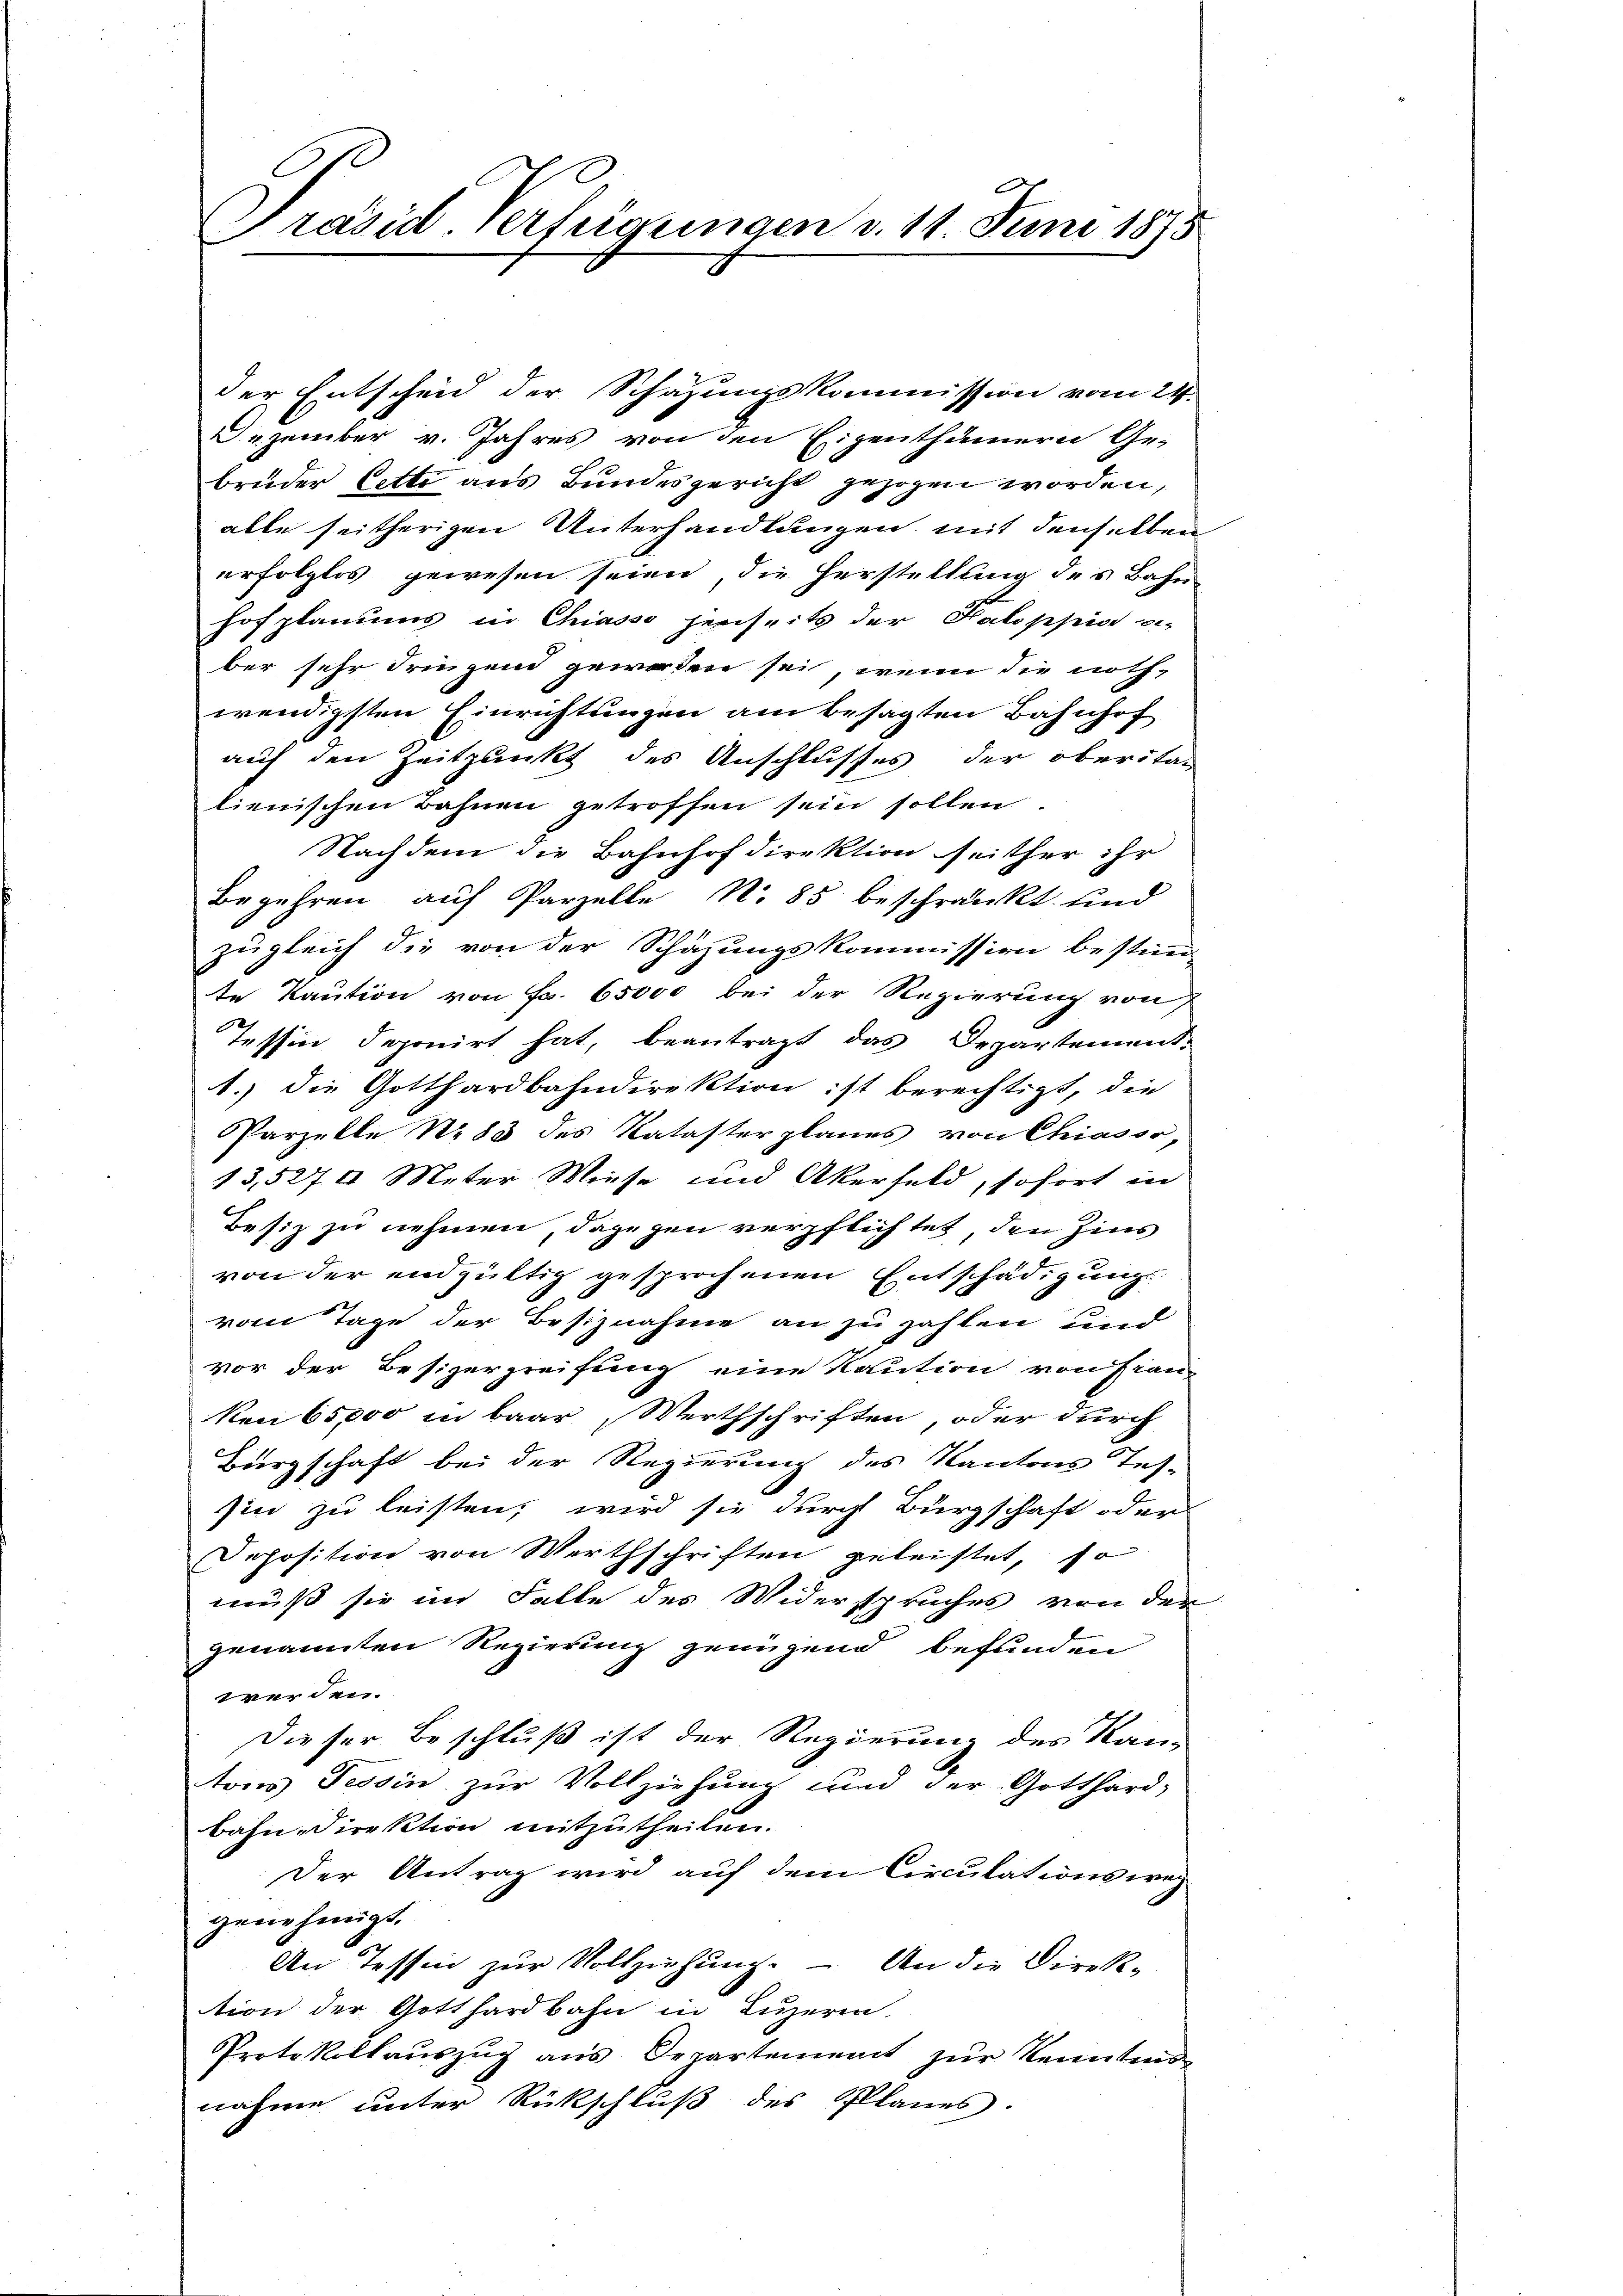
Präsid. Verfügungen d. 11. Juni 1875

Dezember v. Jahres von den Eigenthümern Ge-
Bruder Cette aus Bundesgericht gezogen worden,
alle seitherigen Unterhandlungen mit denselben
erfolglos gewesen seien, die Herstellung des Bahn
hofplanums in Chiasso jenseits der Kaloppid -
ber sehr dringend geworden sei, wenn die noth-
wendigsten Einrichtungen am besagten Bahnhof
auf den Zeitpunkt des Anschlusses der oberita-
lienischen Bahnen getroffen sein sollen.
Nachdem die Bahnhof direktion seither ihr
Begehren auf Parzelle N. 85 beschränkt und
zugleich die von der Schäzungskommission bestim
te Kaution von Fr. 65000 bei der Regierung von
Tessin deponirt hat, beantragt das Departement-
1.) die Gotthardbahndirektion ist berechtigt, die
Parzelle N. 83 des Kataster planes von Chiasso,
13,5274 Meter Wiese und Akerfeld, sofort in
Besiz zu nehmen, dagegen verpflichtet, den Zins
von der endgültig gesprochenen Entschädigung
vom Tage der Besiznahme an zu zahlen und
vor der Besizergreifung eine Kaution von Frau-
Nen 65,000 in baar Werthschriften, oder durch
Bürgschaft bei der Regierung des Kantons Tes-
sin zu leisten, wird sie durch Bürgschaft oder
Deposition von Werthschriften geleistet, so
muß sie im Falle des Widerspruches von den
genannten Regierung genügend befunden
werden.
Dieser Beschluß ist der Regierung des Kantons Tessin zur Vollziehung und der Gotthard-
Bahn, Direktion mitzutheilen.
Der Antrag wird auf dem Circulationswa
genehmigt.
An Tessin zur Vollziehung. – An die Direk-
tion der Gotthardbahn in Luzern.
Protokollaŭszŭg ans Departement zŭr Kenntnis-
nahme unter Rückschluß des Planes.

der Entscheid der Schazungskommission vom 24.